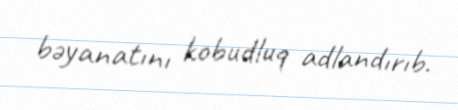
bəyanatını kobudluq adlandırıb.